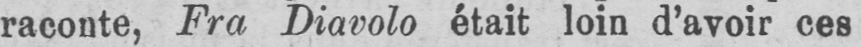
raconte, Fra Diavolo était loin d’avoir ces